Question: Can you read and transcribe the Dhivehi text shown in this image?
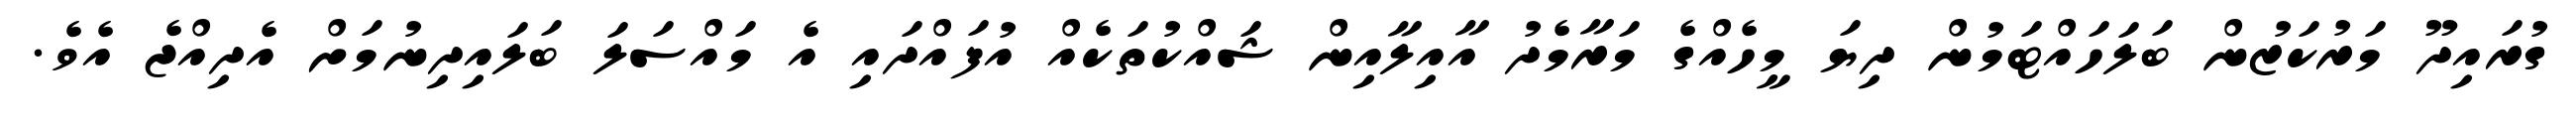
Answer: ގުރައިދޫ މަރުކަޒުން ބަލަހައްޓަމުން ދިޔަ މީހެއްގެ މަރާމެދު އާއިލާއިން ޝައްކުތަކެއް އުފައްދައި އެ މައްސަލަ ބަލައިދިނުމަށް އެދިއްޖެ އެވެ.